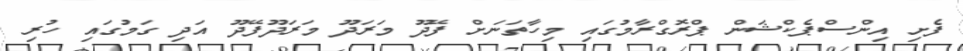
ފެށި އިންސްޕެކްޝަން ޕްރޮގްރާމުގައި މިހާތަނަށް ފޭދޫ މަރަދޫ މަރަދޫފޭދޫ އަދި ގަމުގައި ހުރި